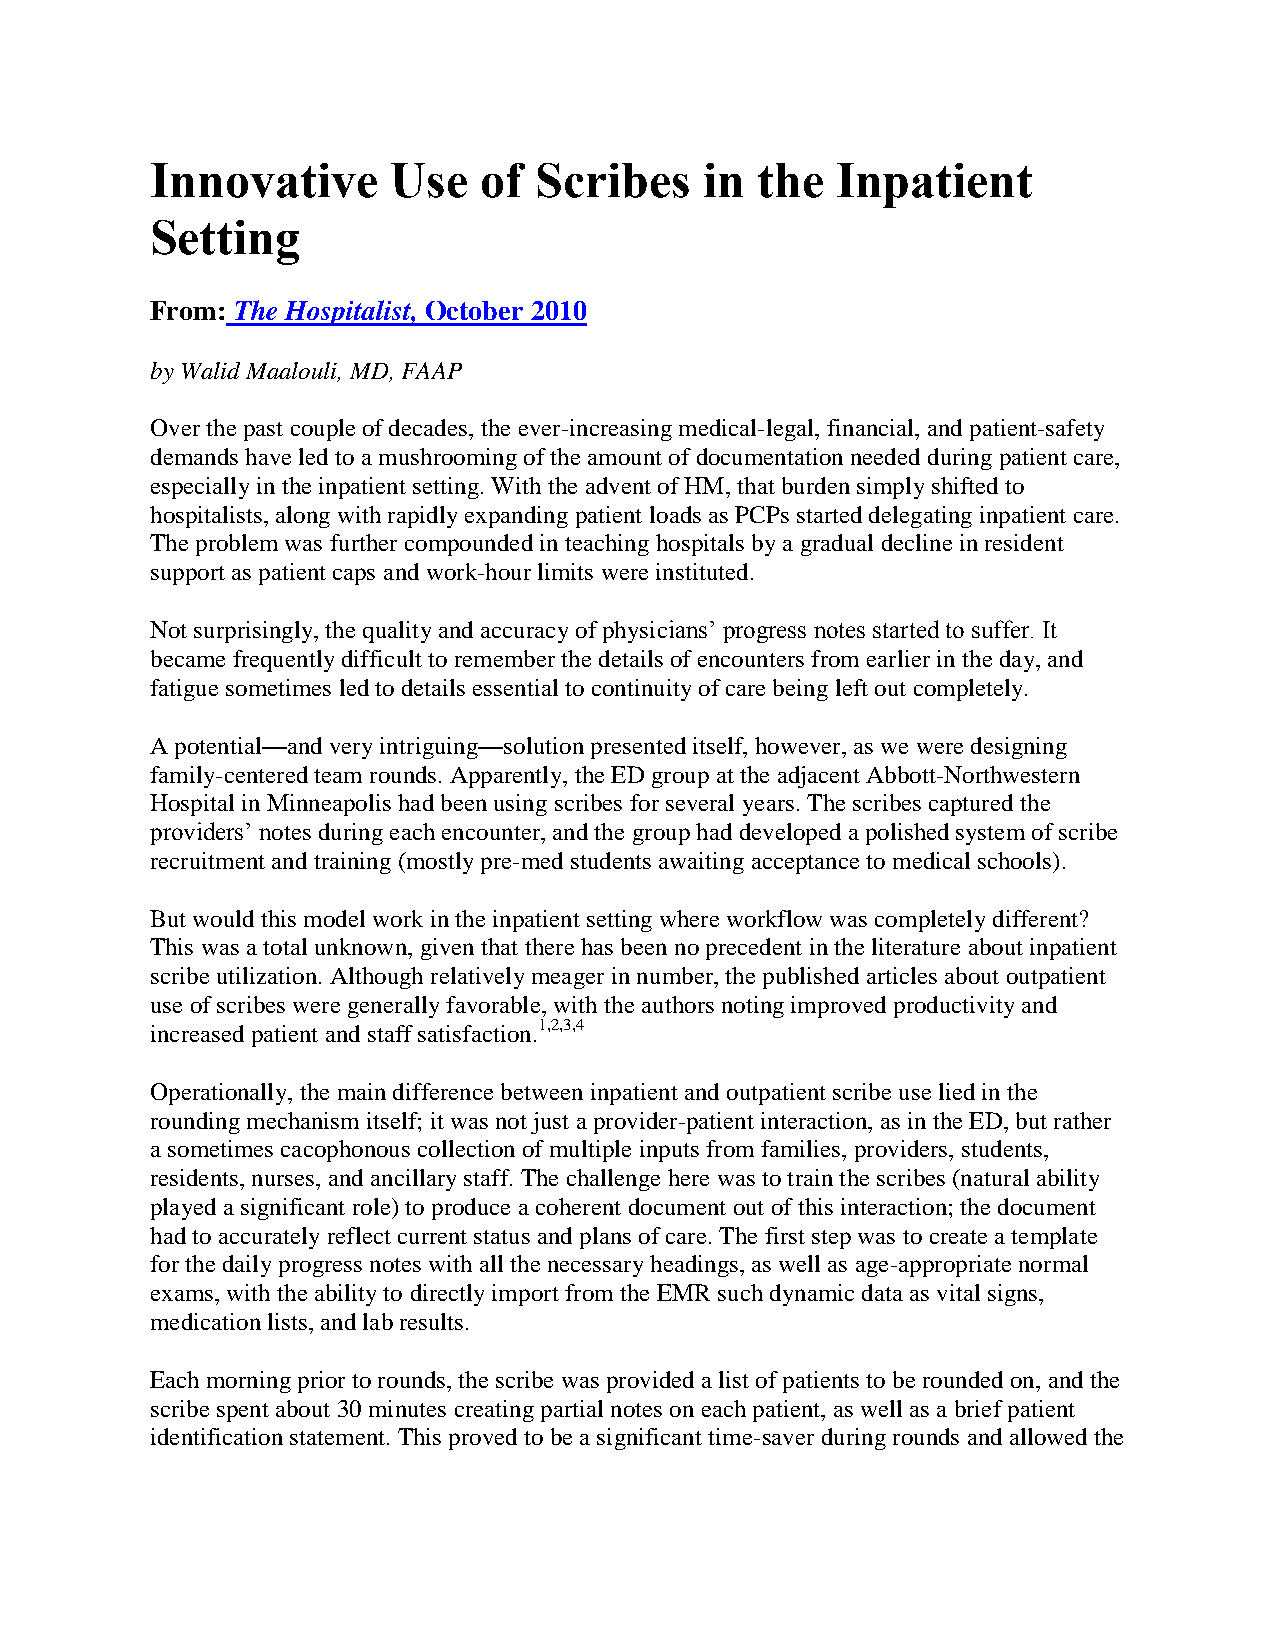
Innovative      Use   of Scribes     in the  Inpatient
 Setting
 From: The Hospitalist, October 2010
 by Walid Maalouli, MD, FAAP
 Over the past couple of decades, the ever-increasing medical-legal, financial, and patient-safety
 demands have led to a mushrooming of the amount of documentation needed during patient care,
 especially in the inpatient setting. With the advent of HM, that burden simply shifted to
 hospitalists, along with rapidly expanding patient loads as PCPs started delegating inpatient care.
 The problem was further compounded in teaching hospitals by a gradual decline in resident
 support as patient caps and work-hour limits were instituted.
 Not surprisingly, the quality and accuracy of physicians’ progress notes started to suffer. It
 became frequently difficult to remember the details of encounters from earlier in the day, and
 fatigue sometimes led to details essential to continuity of care being left out completely.
 A potential—and very intriguing—solution presented itself, however, as we were designing
 family-centered team rounds. Apparently, the ED group at the adjacent Abbott-Northwestern
 Hospital in Minneapolis had been using scribes for several years. The scribes captured the
 providers’ notes during each encounter, and the group had developed a polished system of scribe
 recruitment and training (mostly pre-med students awaiting acceptance to medical schools).
 But would this model work in the inpatient setting where workflow was completely different?
 This was a total unknown, given that there has been no precedent in the literature about inpatient
 scribe utilization. Although relatively meager in number, the published articles about outpatient
 use of scribes were generally favorable, with the authors noting improved productivity and
 increased patient and staff satisfaction.1,2,3,4
 Operationally, the main difference between inpatient and outpatient scribe use lied in the
 rounding mechanism itself; it was not just a provider-patient interaction, as in the ED, but rather
 a sometimes cacophonous collection of multiple inputs from families, providers, students,
 residents, nurses, and ancillary staff. The challenge here was to train the scribes (natural ability
 played a significant role) to produce a coherent document out of this interaction; the document
 had to accurately reflect current status and plans of care. The first step was to create a template
 for the daily progress notes with all the necessary headings, as well as age-appropriate normal
 exams, with the ability to directly import from the EMR such dynamic data as vital signs,
 medication lists, and lab results.
 Each morning prior to rounds, the scribe was provided a list of patients to be rounded on, and the
 scribe spent about 30 minutes creating partial notes on each patient, as well as a brief patient
 identification statement. This proved to be a significant time-saver during rounds and allowed the